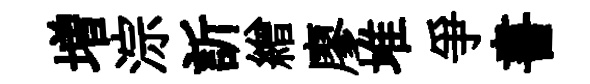
増淙訢繒廖堆爭書